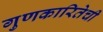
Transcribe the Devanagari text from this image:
गुणकारितेची